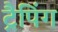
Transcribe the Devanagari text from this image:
ट्रैपिंग